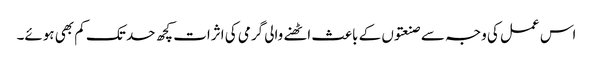
اس عمل کی وجہ سے صنعتوں کے باعث اٹھنے والی گرمی کی اثرات کچھ حد تک کم بھی ہوئے۔